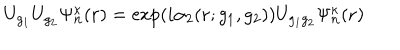
U _ { g _ { 1 } } U _ { g _ { 2 } } \Psi _ { \mathbf n } ^ { \kappa } ( \mathbf r ) = \exp ( i \alpha _ { 2 } ( \mathbf r ; g _ { 1 } , g _ { 2 } ) ) U _ { g _ { 1 } g _ { 2 } } \Psi _ { \mathbf n } ^ { \kappa } ( \mathbf r )